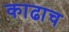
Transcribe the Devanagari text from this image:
काढाच